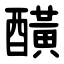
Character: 䤑